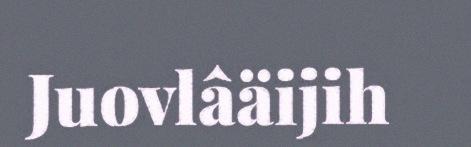
Juovlâäijih